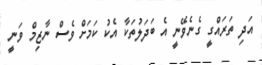
އަދި ތަރައްގީ ގެނެވޭނީ އެ ބަދަލުތަކާ އެކު ކަމަށް ވެސް ނާޒިމް ވަނީ